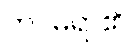
ကင်မရာ၏